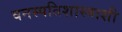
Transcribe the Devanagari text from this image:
वनस्पतिशास्त्राशी